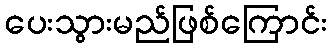
ပေးသွားမည်ဖြစ်ကြောင်း